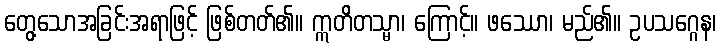
တွေ့သောအခြင်းအရာဖြင့် ဖြစ်တတ်၏။ ဣတိတသ္မာ၊ ကြောင့်။ ဖဿော၊ မည်၏။ ဥပသဂ္ဂေန၊